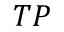
T P